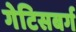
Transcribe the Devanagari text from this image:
गेटिसबर्ग